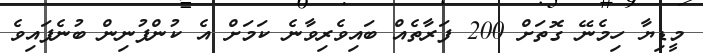
މީޑިޔާ ހިމެނޭ ގޮތަށް 200 ފަރާތެއް ބައިވެރިވާނެ ކަމަށް އެ ކުންފުނިން ބުނެފައިވެ